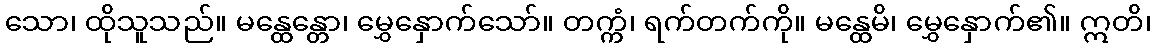
သော၊ ထိုသူသည်။ မန္ထေန္တော၊ မွှေနှောက်သော်။ တက္ကံ၊ ရက်တက်ကို။ မန္ထေမိ၊ မွှေနှောက်၏။ ဣတိ၊